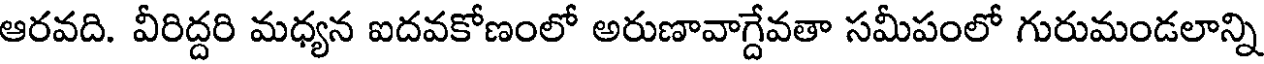
ఆరవది. వీరిద్దరి మధ్యన ఐదవకోణంలో అరుణావాగ్దేవతా సమీపంలో గురుమండలాన్ని